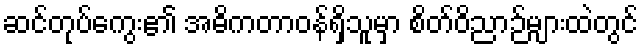
ဆင်တုပ်ကွေး၏ အဓိကတာဝန်ရှိသူမှာ စိတ်ဝိညာဉ်များထဲတွင်